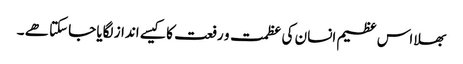
بھلا اس عظیم انسان کی عظمت و رفعت کا کیسے انداز لگایا جاسکتا ھے ۔